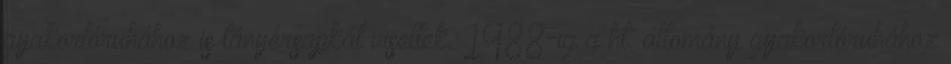
gyakorlóruhához is tányérsapkát viseltek. 1988-ig a ht. állomány gyakorlóruhához